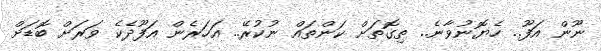
ނޫން އަފޫ.. ހެޔޮނުވާނެ.. ތިގޮތަށް ކަންތައް ނުކުރޭ.. އަހަރެން އަފޫދެކެ ވަރަށް ބޮޑަށް